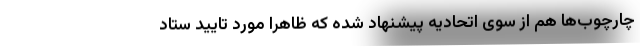
چارچوب‌ها هم از سوی اتحادیه پیشنهاد شده که ظاهراً مورد تایید ستاد